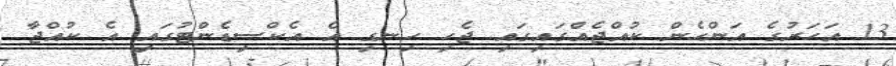
13 އަހަރުގެ އަންހެން ކުއްޖެއްގައިގައި ޖެހި ހިނގި އެ އެކްސިޑެންޓުގައި އެ ކުއްޖާ